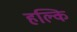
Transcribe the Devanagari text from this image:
हल्कि